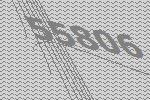
55806